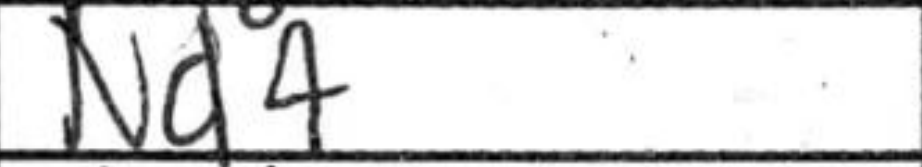
Transcription: Nd4